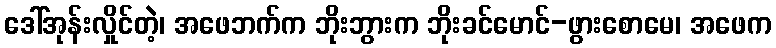
ဒေါ်အုန်းလှိုင်တဲ့၊ အဖေဘက်က ဘိုးဘွားက ဘိုးခင်မောင်-ဖွားစောမေ၊ အဖေက